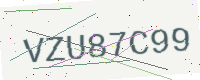
Text: VZU87C99